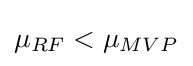
\mu _{RF}<\mu _{MVP}